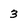
Character: 3